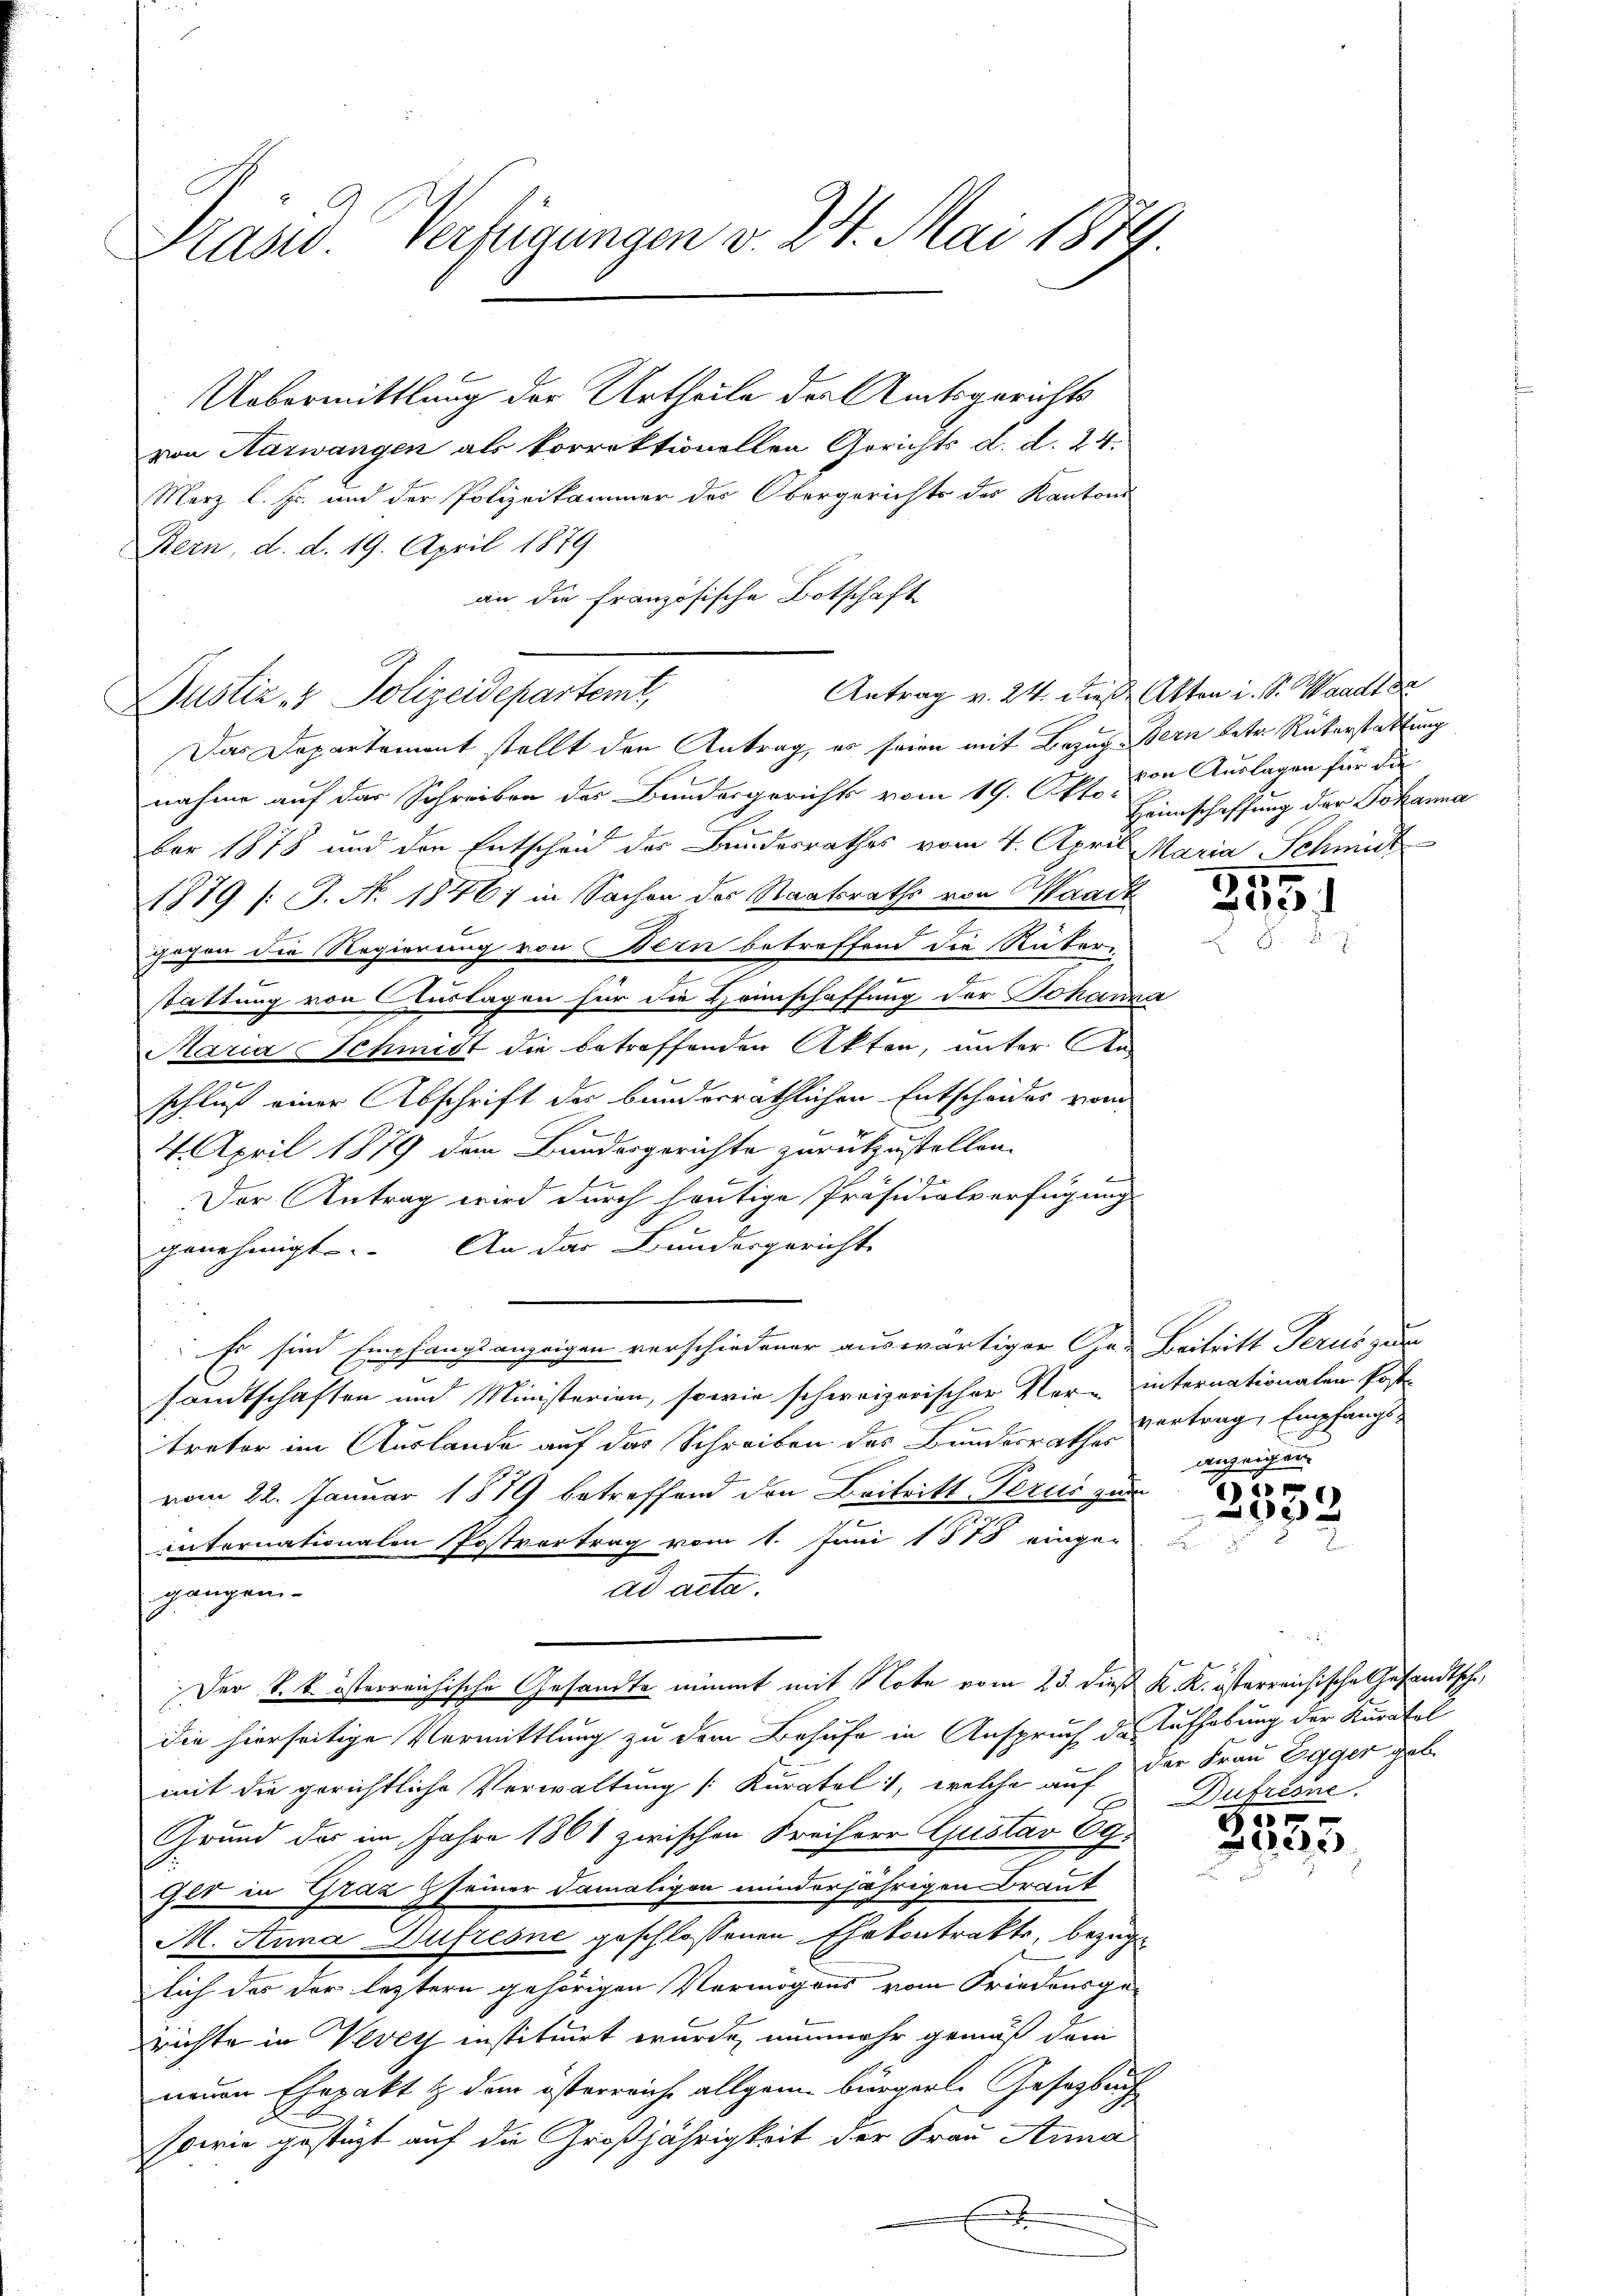
Präsid. Verfügungen v. 24. Mai 1879.

Uebermittlung der Urtheile der Amtsgerichts
von Haswangen als korrektionellen Gerichts d. d. 24.
Merz l. Fr. und der Polizeikammer des Obergerichts der Kantons
Bern, d. d. 19. April 1879
an die französische Botschaft
Justiz & Polizeidepartemt,
Das Departement stellt den Antrag, es seien mit Bezug Bern betr. Rükerstattung
nahme auf das Schreiben des Bundesgerichts vom 19. Okt. von Auslagen für die
ber 1878 und den Entscheid des Bundesrathes vom 4. April Maria Schmidt
1879 f. (T. N. 1846; in Sachen des Staatsraths von Waad
gegen die Regierung von Bern betreffend die Nater
stattung von Auslagen für die Heimschaffung der Johanna
Maria Schmitt die betreffenden Akten, unter An-
schluß einer Abschrift des bunderräthlichen Entscheides vom
4. April 1879 den Bundesgerichte zurükzustellen.
l
Der Antrag wird durch heutige Präsidialverfügung
genehmigt. An das Bundesgerichte
Es sind Empfangsanzeigen verschiedener auswärtiger Ge- Beitritt Jerus zum
sandtschaften und Ministerien, sowie schweizerischer Ver- internationalen Post-
trator im Auslande auf das Schreiben des Bundesrathes
vom 22. Januar 1879 betreffend den Beitritt Perus zum
n
internationalen Postvortrag vom 1. Juni 1878 einger
ad acta.
gangen.
Der k. k. österreichische Gesandte nimmt mit Note vom 23. dieß K. K. österreichische Gesandtsche
die hierseitige Vermittlung zu dem Behufe in Anspruch der Aufhebung der Kuratel
mit die gerichtliche Verwaltung [Kuratel 1, welche auf der Frau Egger geb.
Grund des im Jahre 1861 zwischen Freiherr Gustav 69.
.
Gls in Graz seiner damaligen minderjährigen Braut
M. Anna Dufresne geschlossenen Ehekontrakte, bezüge
lich das der letztern gehörigen Vermögens vom Friedensge-
richte in Vevey instituirt wurde, nunmehr gemäß dem
neuen Ehepakt & dem österreiche allgeme bürgerl. Gesetzbuch
sowie gestüzt auf die Großjährigkeit der Frau Anna
x

Antrag v. 24. diese Akten i. S. Waadt de

Heimschaffung der Johanna

5
¬

vortrag, Empfangs-
ig
a

)
8x

Dufresne

f 0 x
2